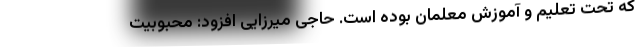
که تحت تعلیم و آموزش معلمان بوده است. حاجی میرزایی افزود: محبوبیت